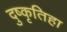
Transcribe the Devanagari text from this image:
दुष्कृतिहा